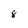
Character: 8